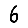
Digit: 6